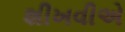
શીખવીએ